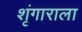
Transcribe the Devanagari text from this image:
शृंगाराला